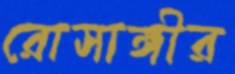
রোসাঙ্গীর